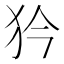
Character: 𤜰